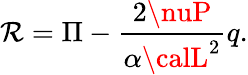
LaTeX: {\cal\mathcal{R}}=\Pi-\frac{{2\nuP}}{{\alpha{\calL}^{2}}}q.